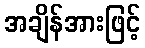
အချိန်အားဖြင့်